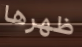
ظهرها